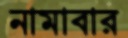
নামাবার